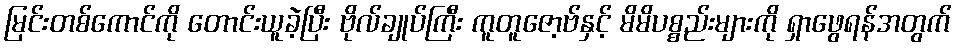
မြင်းတစ်ကောင်ကို တောင်းယူခဲ့ပြီး ဗိုလ်ချုပ်ကြီး ကူတူဇော့ဗ်နှင့် မိမိပစ္စည်းများကို ရှာဖွေရန်အတွက်